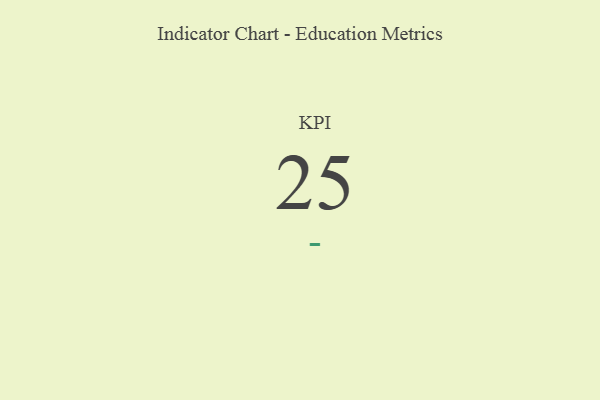
{"axis": {"x": "KPI", "y": "Value"}, "legend": [""], "data": [{"x": "KPI", "y": 25, "type": ""}]}